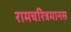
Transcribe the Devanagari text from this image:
रामचरित्रमानस